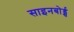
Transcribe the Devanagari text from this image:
साइनबोर्ड्स